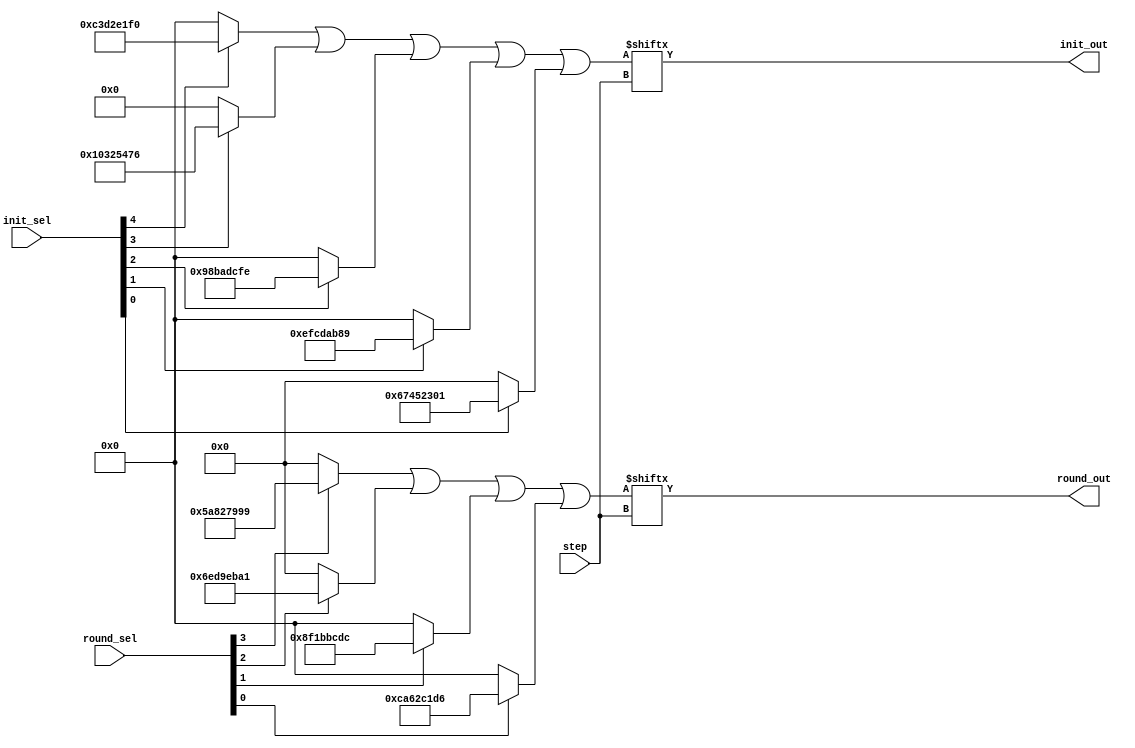
`default_nettype none

module sha1_magic (
    input wire [4:0] init_sel,
    input wire [3:0] round_sel,
    input wire [4:0] step,
    output wire init_out,
    output wire round_out
);

    wire [31:0] init_val =
        (init_sel[4] ? 32'hc3d2e1f0 : 0) |
        (init_sel[3] ? 32'h10325476 : 0) |
        (init_sel[2] ? 32'h98badcfe : 0) |
        (init_sel[1] ? 32'hefcdab89 : 0) |
        (init_sel[0] ? 32'h67452301 : 0);
    assign init_out = init_val[step];

    wire [31:0] round_val =
        (round_sel[3] ? 32'h5a827999 : 0) |
        (round_sel[2] ? 32'h6ed9eba1 : 0) |
        (round_sel[1] ? 32'h8f1bbcdc : 0) |
        (round_sel[0] ? 32'hca62c1d6 : 0);
    assign round_out = round_val[step];

endmodule